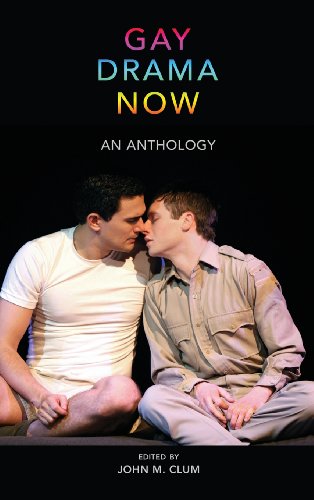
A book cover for Gay Drama Now; Literature & Fiction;